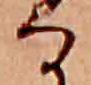
る